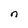
Character: n